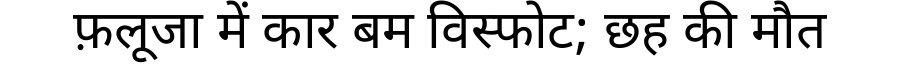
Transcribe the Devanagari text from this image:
फ़लूजा में कार बम विस्फोट; छह की मौत